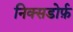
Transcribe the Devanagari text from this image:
निक्सडोर्फ़